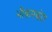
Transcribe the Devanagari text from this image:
भीकमकोर